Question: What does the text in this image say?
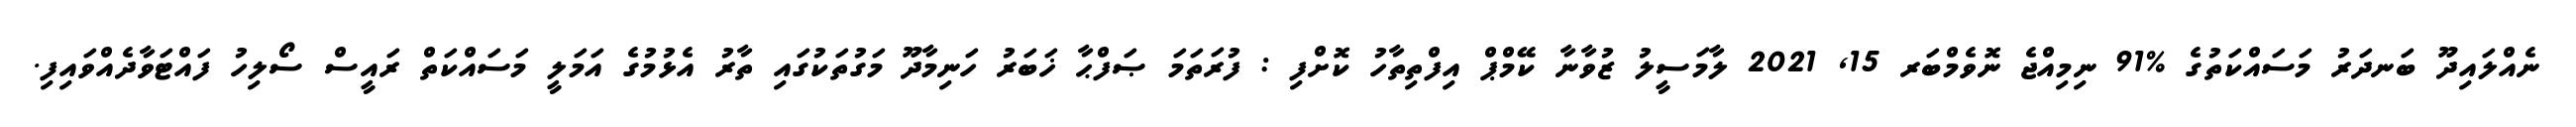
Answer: ނެއްލައިދޫ ބަނދަރު މަސައްކަތުގެ %91 ނިމިއްޖެ ނޮވެމްބަރ 15, 2021 ލާމަސީލު ޒުވާނާ ކޭމްޕް އިފްތިތާހު ކޮށްފި : ފުރަތަމަ ޞަފްޙާ ޚަބަރު ހަނިމާދޫ މަގުތަކުގައި ތާރު އެޅުމުގެ އަމަލީ މަސައްކަތް ރައީސް ސޯލިހު ފައްޓަވާދެއްވައިފި.